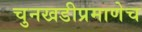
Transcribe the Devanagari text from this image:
चुनखडीप्रमाणेच